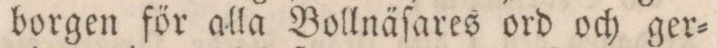
borgen för alla Bollnäſares ord och ger=